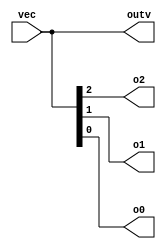
module top_module ( 
    input wire [2:0] vec,
    output wire [2:0] outv,
    output wire o2,
    output wire o1,
    output wire o0
);

    assign outv = vec;
    assign o2 = vec[2];
    assign o1 = vec[1];
    assign o0 = vec[0];

endmodule